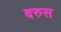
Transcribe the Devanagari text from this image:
बरुस